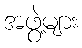
အဖွဲ့များ